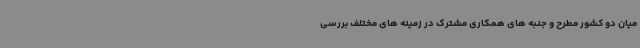
میان دو کشور مطرح و جنبه های همکاری مشترک در زمینه های مختلف بررسی